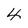
Character: 4